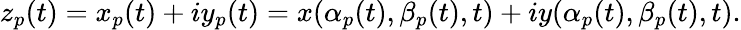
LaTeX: z_{p}(t)=x_{p}(t)+iy_{p}(t)=x(\alpha_{p}(t),\beta_{p}(t),t)+iy(\alpha_{p}(t),\beta_{p}(t),t).